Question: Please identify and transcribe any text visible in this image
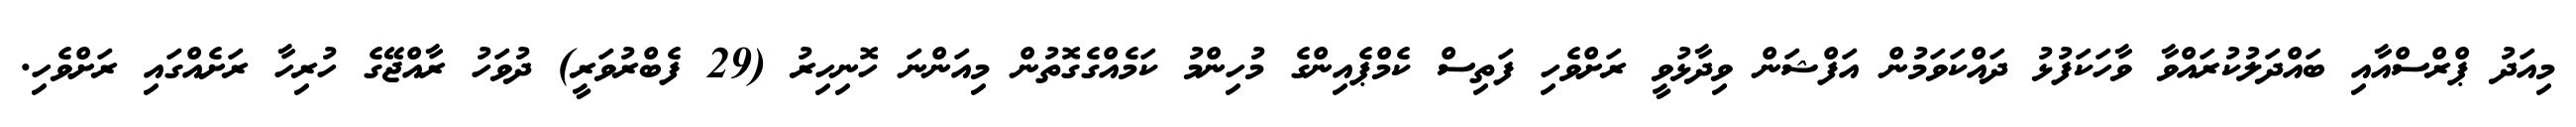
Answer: މިއަދު ޕްރްސްއާއި ބައްދަލުކުރައްވާ ވާހަކަފުޅު ދައްކަވަމުން އަފްޝަން ވިދާޅުވީ ރަށްވެހި ފަތިސް ކެމްޕެއިންގެ މުހިންމު ކަމެއްގެގޮތުން މިއަންނަ ހޮނިހިރު (29 ފެބްރުވަރީ) ދުވަހު ރާއްޖޭގެ ހުރިހާ ރަށެއްގައި ރަށްވެހި.